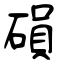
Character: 磒